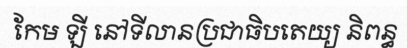
កែម ឡី នៅទីលានប្រជាធិបតេយ្យ និពន្ធ